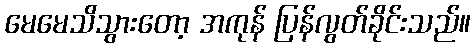
မေမေသိသွားတော့ အကုန် ပြန်လွတ်ခိုင်းသည်။